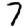
Digit: 7